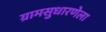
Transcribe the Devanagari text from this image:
ग्रामसुधारणेला